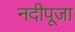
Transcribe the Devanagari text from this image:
नदीपूजा